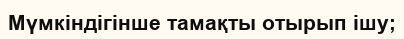
Мүмкіндігінше тамақты отырып ішу;